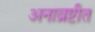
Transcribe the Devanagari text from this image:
अनाव्रष्टीत